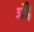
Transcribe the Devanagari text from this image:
प्रौं